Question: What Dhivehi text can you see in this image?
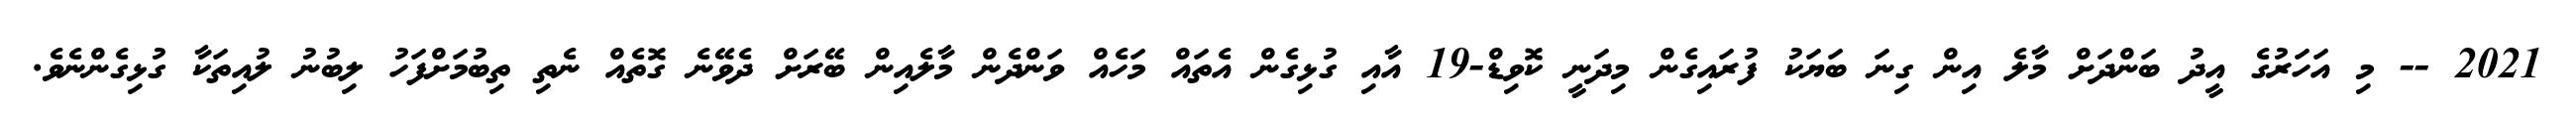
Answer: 2021 -- މި އަހަރުގެ އީދު ބަންދަށް މާލެ އިން ގިނަ ބަޔަކު ފުރައިގެން މިދަނީ ކޮވިޑް-19 އާއި ގުޅިގެން އެތައް މަހެއް ވަންދެން މާލެއިން ބޭރަށް ދެވޭނެ ގޮތެއް ނެތި ތިބުމަށްފަހު ލިބުނު ލުއިތަކާ ގުޅިގެންނެވެ.